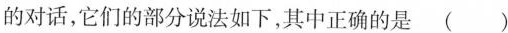
的对话，它们的部分说法如下，其中正确的是 ( )